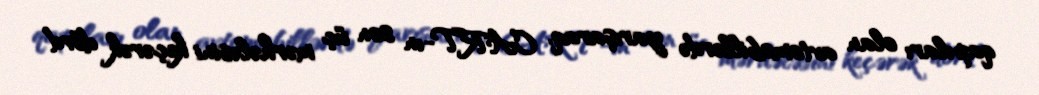
qapıları olan avtomobillərdə yarışaraq, CART-ın son üç mərhələsini keçərək dörd